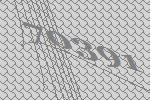
70391